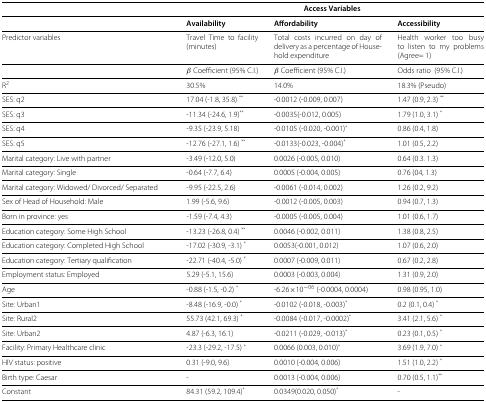
<table><thead><tr><td><b> </b></td><td colspan="3"><b>Access Variables</b></td></tr><tr><td><b> </b></td><td><b>Availability</b></td><td><b>Affordability</b></td><td><b>Accessibility</b></td></tr></thead><tbody><tr><td>Predictor variables</td><td>Travel Time to facility (minutes)</td><td>Total costs incurred on day of delivery as a percentage of Household expenditure</td><td>Health worker too busy to listen to my problems (Agree= 1)</td></tr><tr><td> </td><td><i>β</i>Coefficient (95% C.I.)</td><td><i>β</i>Coefficient (95% C.I.)</td><td>Odds ratio (95% C.I.)</td></tr><tr><td>R<sup>2</sup></td><td>30.5%</td><td>14.0%</td><td>18.3% (Pseudo)</td></tr><tr><td>SES: q2</td><td>17.04 (-1.8, 35.8) <sup>**</sup></td><td>-0.0012 (-0.009, 0.007)</td><td>1.47 (0.9, 2.3) <sup>**</sup></td></tr><tr><td>SES: q3</td><td>-11.34 (-24.6, 1.9)<sup>**</sup></td><td>-0.0035(-0.012, 0.005)</td><td>1.79 (1.0, 3.1) <sup>*</sup></td></tr><tr><td>SES: q4</td><td>-9.35 (-23.9, 5.18)</td><td>-0.0105 (-0.020, -0.001)<sup>*</sup></td><td>0.86 (0.4, 1.8)</td></tr><tr><td>SES: q5</td><td>-12.76 (-27.1, 1.6) <sup>**</sup></td><td>-0.0133(-0.023, -0.004)<sup>*</sup></td><td>1.01 (0.5, 2.2)</td></tr><tr><td>Marital category: Live with partner</td><td>-3.49 (-12.0, 5.0)</td><td>0.0026 (-0.005, 0.010)</td><td>0.64 (0.3. 1.3)</td></tr><tr><td>Marital category: Single</td><td>-0.64 (-7.7, 6.4)</td><td>0.0005 (-0.004, 0.005)</td><td>0.76 (04, 1.3)</td></tr><tr><td>Marital category: Widowed/ Divorced/ Separated</td><td>-9.95 (-22.5, 2.6)</td><td>-0.0061 (-0.014, 0.002)</td><td>1.26 (0.2, 9.2)</td></tr><tr><td>Sex of Head of Household: Male</td><td>1.99 (-5.6, 9.6)</td><td>-0.0012 (-0.005, 0.003)</td><td>0.94 (0.7, 1.3)</td></tr><tr><td>Born in province: yes</td><td>-1.59 (-7.4, 4.3)</td><td>-0.0005 (-0.005, 0.004)</td><td>1.01 (0.6, 1.7)</td></tr><tr><td>Education category: Some High School</td><td>-13.23 (-26.8, 0.4) <sup>**</sup></td><td>0.0046 (-0.002, 0.011)</td><td>1.38 (0.8, 2.5)</td></tr><tr><td>Education category: Completed High School</td><td>-17.02 (-30.9, -3.1) <sup>*</sup></td><td>0.0053(-0.001, 0.012)</td><td>1.07 (0.6, 2.0)</td></tr><tr><td>Education category: Tertiary qualification</td><td>-22.71 (-40.4, -5.0) <sup>*</sup></td><td>0.0007 (-0.009, 0.011)</td><td>0.67 (0.2, 2.8)</td></tr><tr><td>Employment status: Employed</td><td>5.29 (-5.1, 15.6)</td><td>0.0003 (-0.003, 0.004)</td><td>1.31 (0.9, 2.0)</td></tr><tr><td>Age</td><td>-0.88 (-1.5, -0.2) <sup>*</sup></td><td>-6.26×1<sup>0−06</sup>(-0.0004, 0.0004)</td><td>0.98 (0.95, 1.0)</td></tr><tr><td>Site: Urban1</td><td>-8.48 (-16.9, -0.0) <sup>*</sup></td><td>-0.0102 (-0.018, -0.003)<sup>*</sup></td><td>0.2 (0.1, 0.4) <sup>*</sup></td></tr><tr><td>Site: Rural2</td><td>55.73 (42.1, 69.3) <sup>*</sup></td><td>-0.0084 (-0.017, -0.0002)<sup>*</sup></td><td>3.41 (2.1, 5.6) <sup>*</sup></td></tr><tr><td>Site: Urban2</td><td>4.87 (-6.3, 16.1)</td><td>-0.0211 (-0.029, -0.013)<sup>*</sup></td><td>0.23 (0.1, 0.5) <sup>*</sup></td></tr><tr><td>Facility: Primary Healthcare clinic</td><td>-23.3 (-29.2, -17.5) <sup>*</sup></td><td>0.0066 (0.003, 0.010)<sup>*</sup></td><td>3.69 (1.9, 7.0) <sup>*</sup></td></tr><tr><td>HIV status: positive</td><td>0.31 (-9.0, 9.6)</td><td>0.0010 (-0.004, 0.006)</td><td>1.51 (1.0, 2.2) <sup>*</sup></td></tr><tr><td>Birth type: Caesar</td><td>-</td><td>0.0013 (-0.004, 0.006)</td><td>0.70 (0.5, 1.1)<sup>**</sup></td></tr><tr><td>Constant</td><td>84.31 (59.2, 109.4)<sup>*</sup></td><td>0.0349(0.020, 0.050)<sup>*</sup></td><td>-</td></tr></tbody></table>